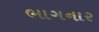
ભાગનાર